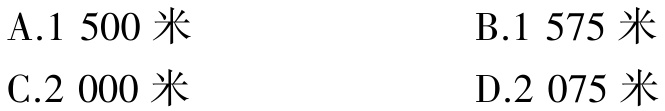
A.1 500 米

B.1 575 米

C.2 000 米

D.2 075 米